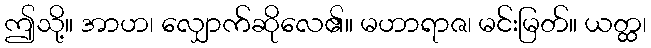
ဤသို့။ အာဟ၊ လျှောက်ဆိုလေ၏။ မဟာရာဇ၊ မင်းမြတ်။ ယတ္ထ၊